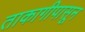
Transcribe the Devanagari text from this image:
ताकागीपासून